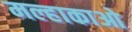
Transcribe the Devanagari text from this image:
मल्हाकाओ